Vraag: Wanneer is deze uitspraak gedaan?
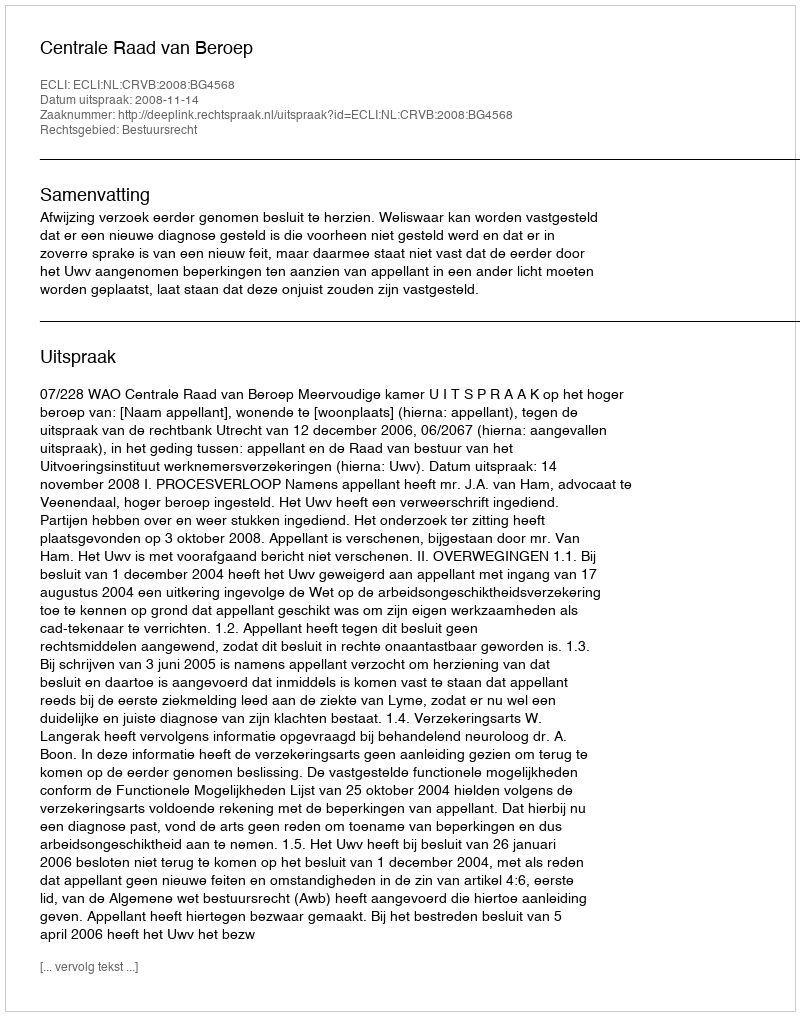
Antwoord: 2008-11-14